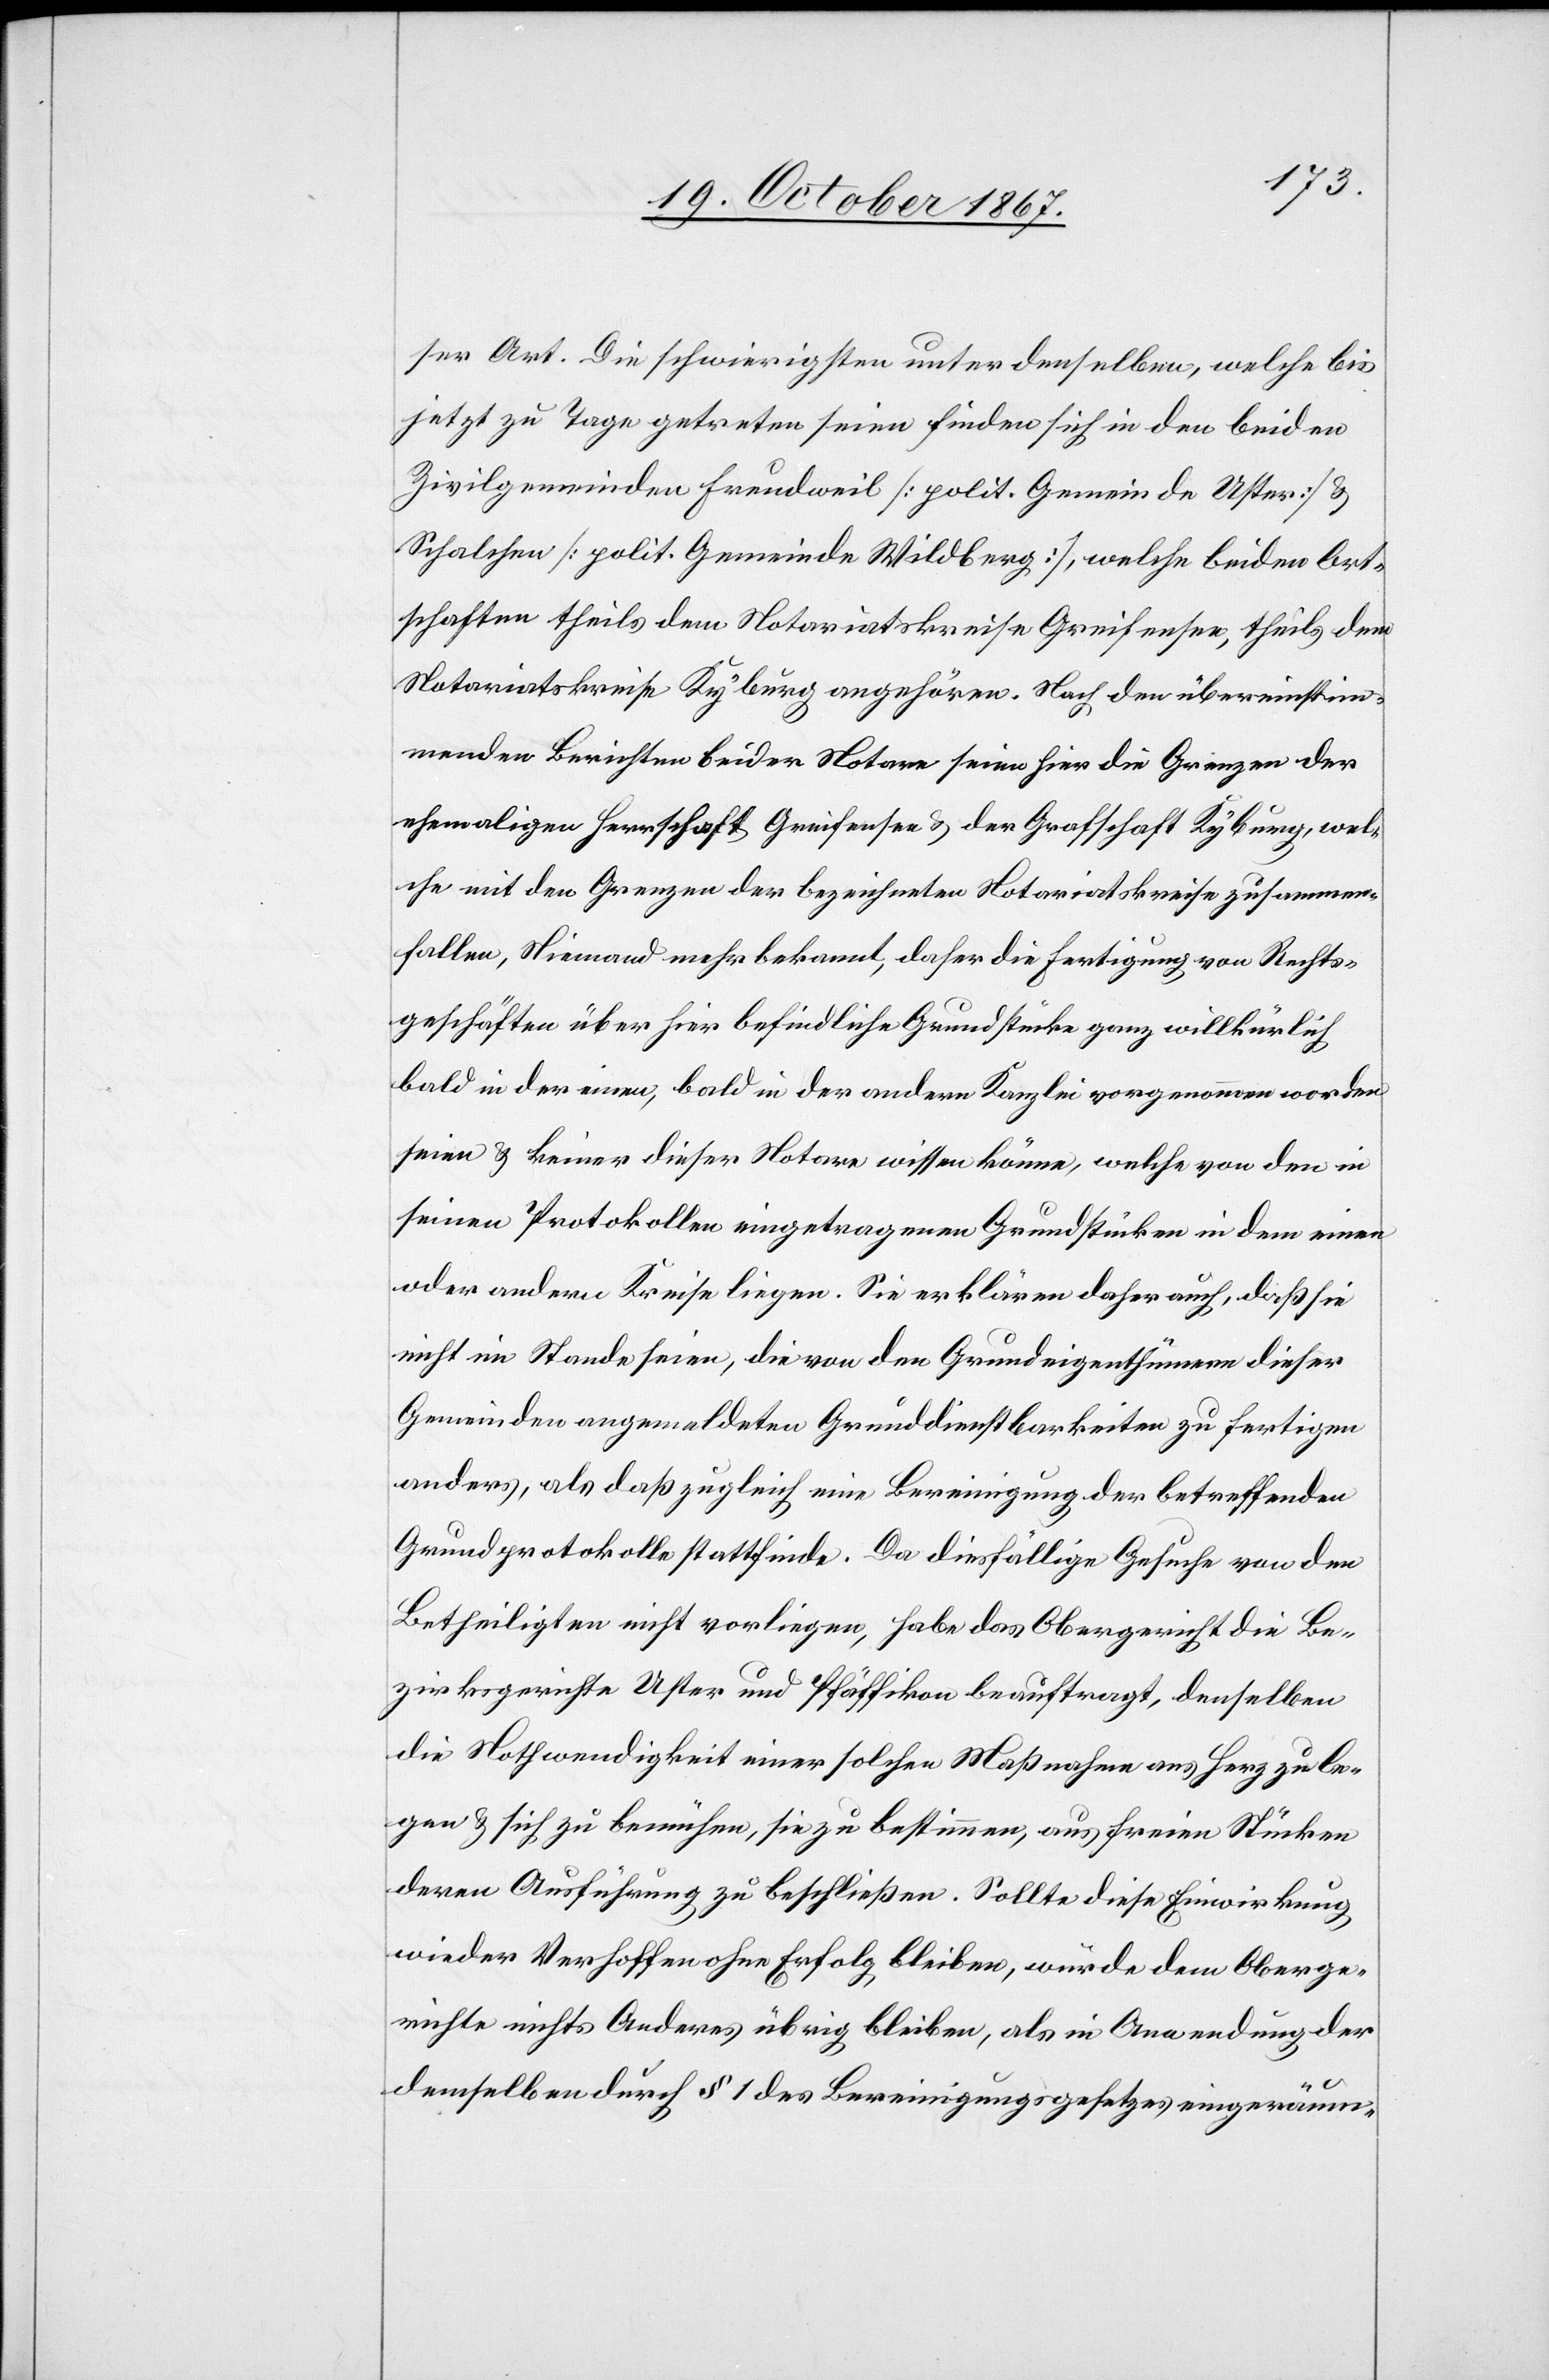
ser Art. Die schwierigsten unter denselben, welche bis
jetzt zu Tage getreten seien finden sich in den beiden
Zivilgemeinden Freudweil [polit. Gemeinde Uster] u.
Schalchen [polit. Gemeinde Wildberg], welche beiden Ort¬
schaften theils dem Notariatskreise Greifensee, theils dem
Notariatskreise Kyburg angehören. Nach den übereinstim¬
menden Berichten beider Notare seien hier die Grenzen der
ehemaligen Herrschaft Greifensee u. der Grafschaft Kyburg, wel¬
che mit den Grenzen der bezeichneten Notariatskreise zusammen¬
fallen, Niemand mehr bekannt, daher die Fertigung von Rechts¬
geschäften über hier befindliche Grundstücke ganz willkürlich
bald in der einen, bald in der andern Kanzlei vorgenommen worden
seien u. keiner dieser Notare wissen könne, welche von den in
seinen Protokollen eingetragenen Grundstücken in dem einen
oder andern Kreise liegen. Sie erklären daher auch, daß sie
nicht im Stande seien, die von den Grundeigenthümern dieser
Gemeinden angemeldeten Grunddienstbarkeiten zu fertigen
anders, als daß zugleich eine Bereinigung der betreffenden
Grundprotokolle stattfinde. Da diesfällige Gesuche von den
Betheiligten nicht vorliegen, habe das Obergericht die Be¬
zirksgerichte Uster und Pfäffikon beauftragt, denselben
die Nothwendigkeit einer solchen Maßnahme ans Herz zu le¬
gen u. sich zu bemühen, sie zu bestimmen, aus freien Stücken
deren Ausführung zu beschließen. Sollte diese Einwirkung
wieder Verhoffen ohne Erfolg bleiben, würde dem Oberge¬
richte nichts Anderes übrig bleiben, als in Anwendung der
demselben durch § 1 des Bereinigungsgesetzes eingeräum-